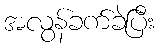
အလွန်ခက်ခဲပြီး